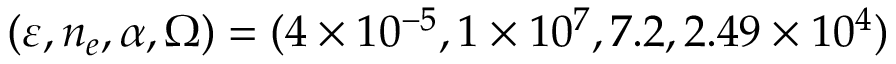
( \varepsilon , n _ { e } , \alpha , \Omega ) = ( 4 \times 1 0 ^ { - 5 } , 1 \times 1 0 ^ { 7 } , 7 . 2 , 2 . 4 9 \times 1 0 ^ { 4 } )